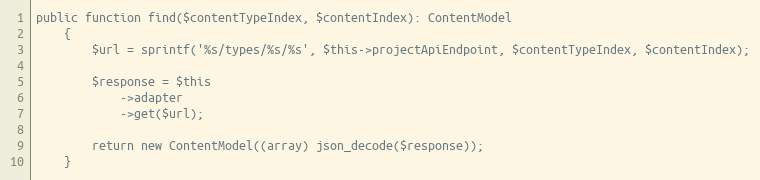
Language: PHP
public function find($contentTypeIndex, $contentIndex): ContentModel
    {
        $url = sprintf('%s/types/%s/%s', $this->projectApiEndpoint, $contentTypeIndex, $contentIndex);

        $response = $this
            ->adapter
            ->get($url);

        return new ContentModel((array) json_decode($response));
    }